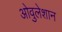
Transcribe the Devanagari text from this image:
ओवुलेशान